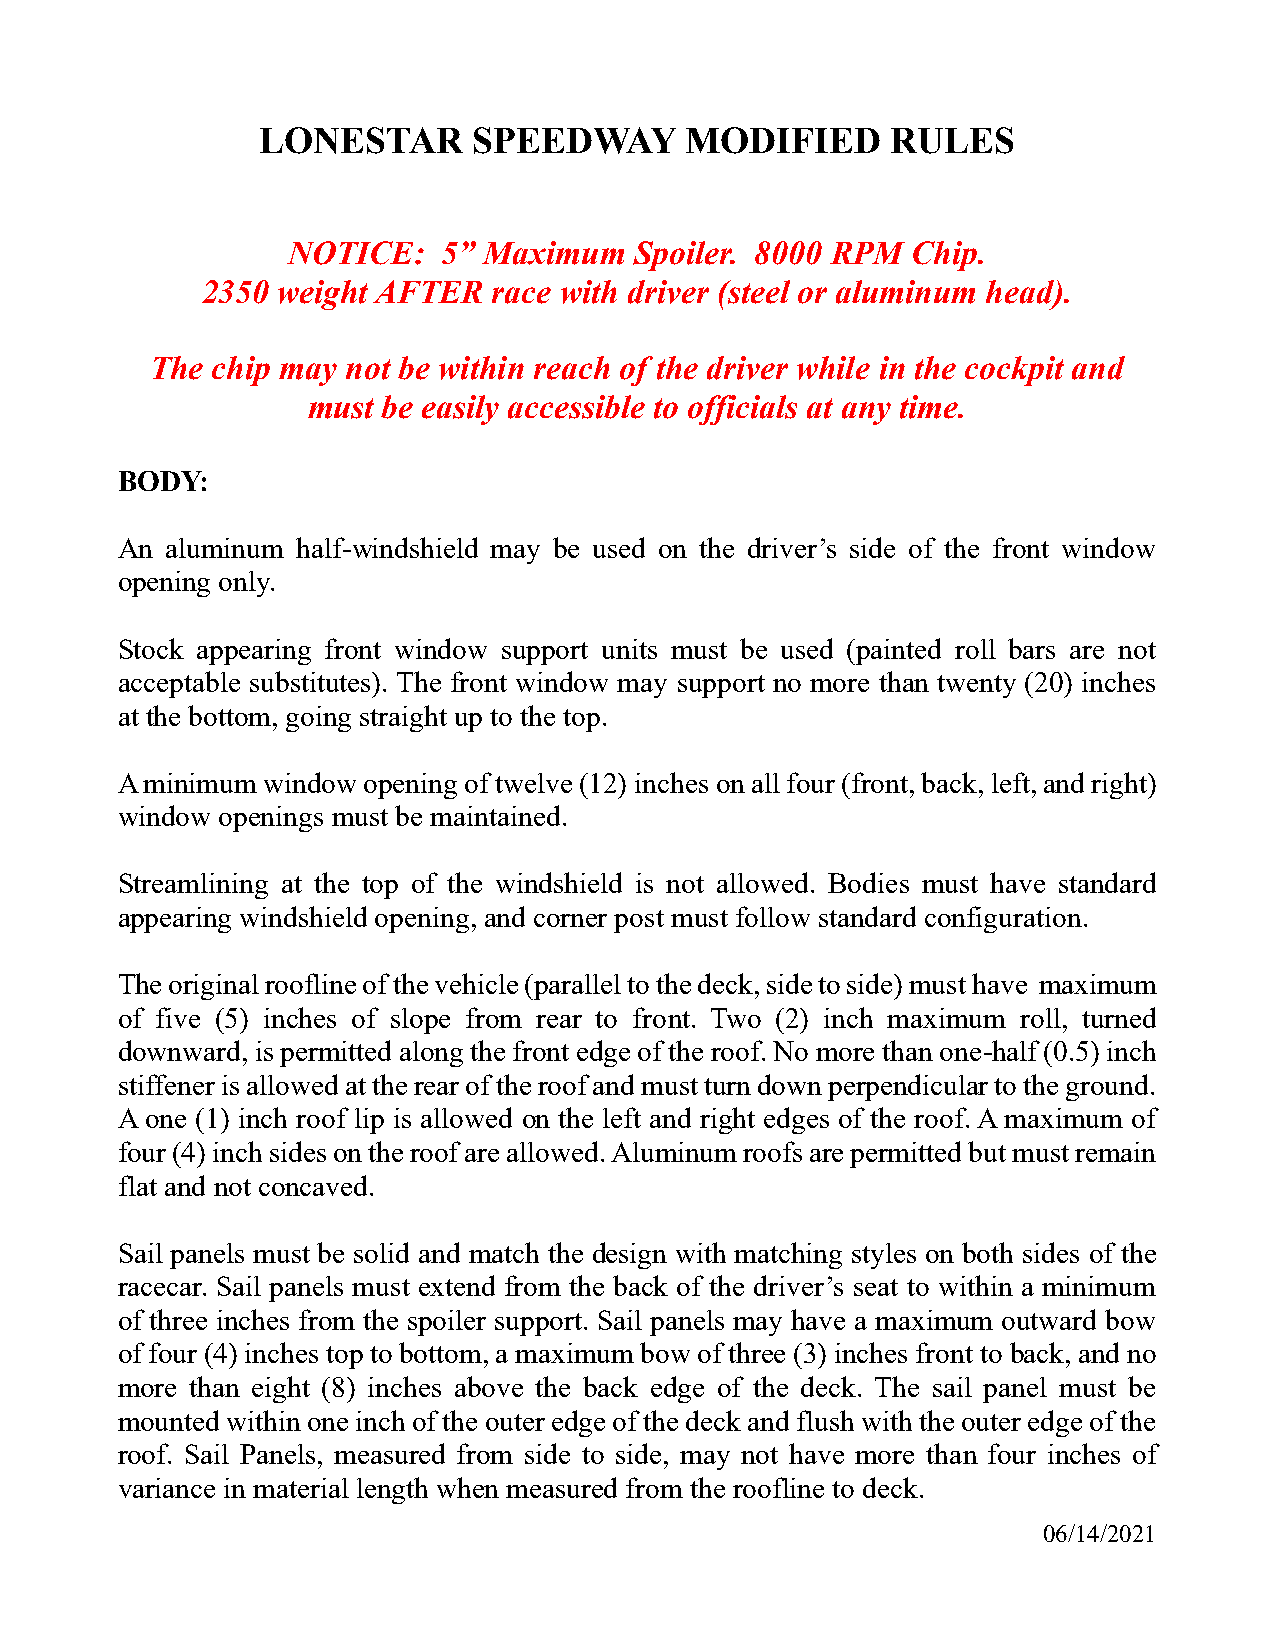
LONESTAR      SPEEDWAY      MODIFIED      RULES
 NOTICE:   5” Maximum   Spoiler. 8000 RPM Chip.
 2350 weight AFTER   race with driver (steel or aluminum head).
 The chip may not be within reach of the driver while in the cockpit and
 must be easily accessible to officials at any time.
 BODY:
 An aluminum half-windshield may be used on the driver’s side of the front window
 opening only.
 Stock appearing front window support units must be used (painted roll bars are not
 acceptable substitutes). The front window may support no more than twenty (20) inches
 at the bottom, going straight up to the top.
 A minimum window opening of twelve (12) inches on all four (front, back, left, and right)
 window openings must be maintained.
 Streamlining at the top of the windshield is not allowed. Bodies must have standard
 appearing windshield opening, and corner post must follow standard configuration.
 The original roofline of the vehicle (parallel to the deck, side to side) must have maximum
 of five (5) inches of slope from rear to front. Two (2) inch maximum roll, turned
 downward, is permitted along the front edge of the roof. No more than one-half (0.5) inch
 stiffener is allowed at the rear of the roof and must turn down perpendicular to the ground.
 A one (1) inch roof lip is allowed on the left and right edges of the roof. A maximum of
 four (4) inch sides on the roof are allowed. Aluminum roofs are permitted but must remain
 flat and not concaved.
 Sail panels must be solid and match the design with matching styles on both sides of the
 racecar. Sail panels must extend from the back of the driver’s seat to within a minimum
 of three inches from the spoiler support. Sail panels may have a maximum outward bow
 of four (4) inches top to bottom, a maximum bow of three (3) inches front to back, and no
 more than eight (8) inches above the back edge of the deck. The sail panel must be
 mounted within one inch of the outer edge of the deck and flush with the outer edge of the
 roof. Sail Panels, measured from side to side, may not have more than four inches of
 variance in material length when measured from the roofline to deck.
 06/14/2021